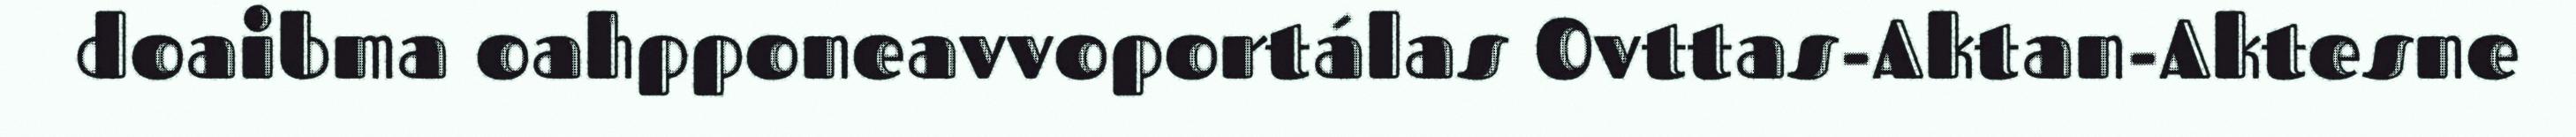
doaibma oahpponeavvoportálas Ovttas-Aktan-Aktesne